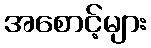
အစောင့်များ